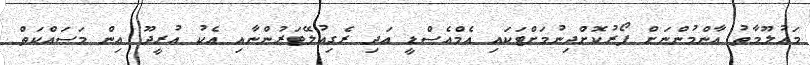
މައުލޫމާތު އާންމުންނަށް ފޯރުކޮށްދިނުމަށްޓަކައި އެމްއެސްޑީ އަދި ރެގިއުލޭޓަރުންނާއި އެކު އުރީދޫ އިން މަސައްކަތް